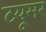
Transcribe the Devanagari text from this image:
टयूमर